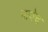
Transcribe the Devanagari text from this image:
गावेच